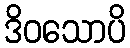
ဒိဝသောပိ